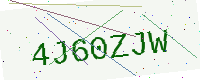
Text: 4J60ZJW